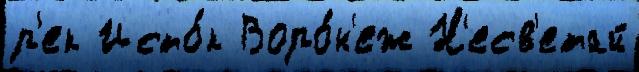
р'ек Исто́к Воро́н'еж Н'есв'етай